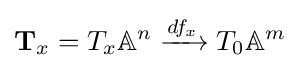
\mathbf {T} _{x}=T_{x}\mathbb {A} ^{n}\xrightarrow {df_{x}} T_{0}\mathbb {A} ^{m}